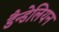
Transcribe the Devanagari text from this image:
डैन्डेलियन